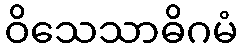
ဝိသေသာဓိဂမံ